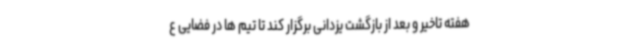
هفته تاخیر و بعد از بازگشت یزدانی برگزار کند تا تیم ها در فضایی ع